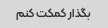
بگذار کمکت کنم